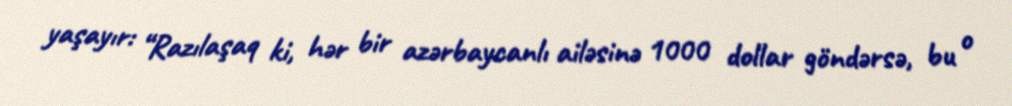
yaşayır: “Razılaşaq ki, hər bir azərbaycanlı ailəsinə 1000 dollar göndərsə, bu o